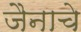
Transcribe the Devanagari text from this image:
जैनाचे